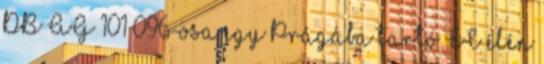
DB AG 101 096-osa egy Prágába tartó EC élén